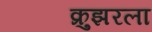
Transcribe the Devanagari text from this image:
क्रुझरला